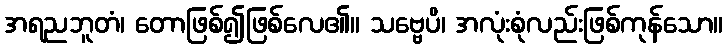
အရညဘူတံ၊ တောဖြစ်၍ဖြစ်လေ၏။ သဗ္ဗေပိ၊ အလုံးစုံလည်းဖြစ်ကုန်သော။